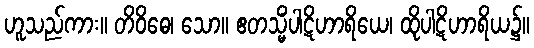
ဟူသည်ကား။ တိဝိဓေ၊ သော။ ဧတသ္မိံပါဋိဟာရိယေ၊ ထိုပါဋိဟာရိယ၌။